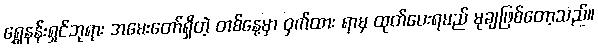
ရွှေနန်းရှင်ဘုရား အမေးတော်ရှိတဲ့ တစ်နေ့မှာ ဝှက်ထား ရာမှ ထုတ်ပေးရမည် မုချဖြစ်တော့သည်။